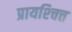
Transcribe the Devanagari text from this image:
प्रायश्‍चित्त